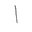
Letter: _alif